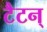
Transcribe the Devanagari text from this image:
टैटन्